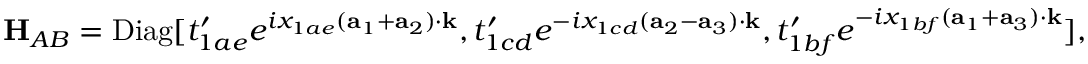
{ \bf H } _ { A B } = \mathrm { D i a g } [ t _ { 1 a e } ^ { \prime } e ^ { i x _ { 1 a e } ( { \bf a } _ { 1 } + { \bf a } _ { 2 } ) \cdot { \bf k } } , t _ { 1 c d } ^ { \prime } e ^ { - i x _ { 1 c d } ( { \bf a } _ { 2 } - { \bf a } _ { 3 } ) \cdot { \bf k } } , t _ { 1 b f } ^ { \prime } e ^ { - i x _ { 1 b f } ( { \bf a } _ { 1 } + { \bf a } _ { 3 } ) \cdot { \bf k } } ] ,